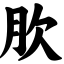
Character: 肷